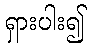
ရှားပါး၍